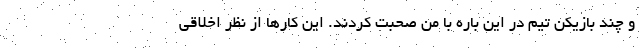
و چند بازیکن تیم در این باره با من صحبت کردند. این کارها از نظر اخلاقی